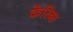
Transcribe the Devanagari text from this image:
केरिब्स